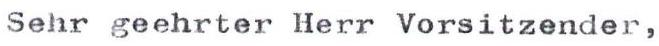
Sehr geehrter Herr Vorsitzender,